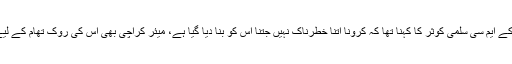
ڈائریکٹر ہیلتھ کے ایم سی سلمیٰ کوثر کا کہنا تھا کہ کرونا اتنا خطرناک نہیں جتنا اس کو بنا دیا گیا ہے، میئر کراچی بھی اس کی روک تھام کے لیے متحرک ہیں۔